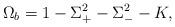
LaTeX: \begin{align*}\Omega_b = 1-\Sigma_+^2 - \Sigma_-^2 - K,\end{align*}